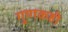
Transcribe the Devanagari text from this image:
गुणकही